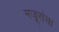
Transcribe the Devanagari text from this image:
मजूरांचा